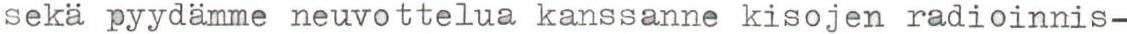
sekä pyydämme neuvottelua kanssanne kisojen radioinnis-